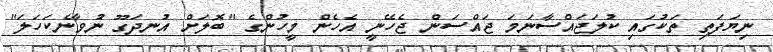
ނިޔަފަތި ތަކުގައި ކުލަޖައްސާނަމަ ޖައްސަން ޖެހޭނީ އެހެން މީހުންގެ "ބޮލަށް އުނދަގޫ ނުވާނެކަހަލަ"